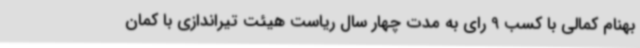
بهنام کمالی با کسب 9 رای به مدت چهار سال ریاست هیئت تیراندازی با کمان